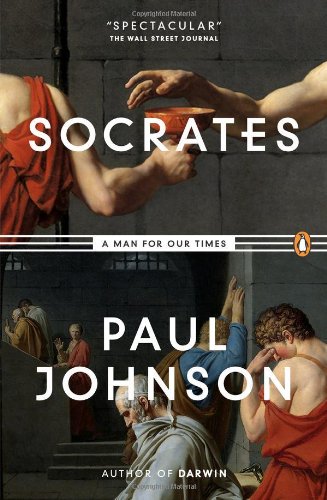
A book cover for Socrates: A Man for Our Times; Paul Johnson; Biographies & Memoirs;